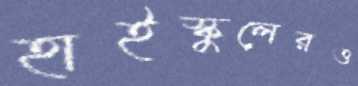
হাইস্কুলেরও